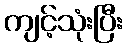
ကျင့်သုံးပြီး